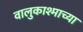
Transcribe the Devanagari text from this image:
वालुकाश्माच्या